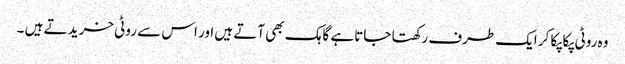
وہ روٹی پکا پکا کر ایک طرف رکھتا جاتا ہے گاہک بھی آتے ہیں اور اس سے روٹی خرید تے ہیں ۔